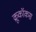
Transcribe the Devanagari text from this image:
क्रूकॉकस